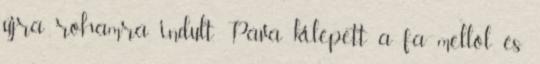
újra rohamra indult. Páva kilépett a fa mellől és